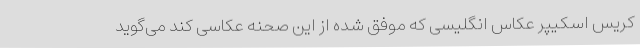
کریس اسکیپر عکاس انگلیسی که موفق شده از این صحنه عکاسی کند می‌گوید